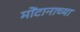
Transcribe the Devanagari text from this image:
मोंटानाच्या